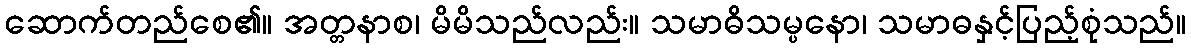
ဆောက်တည်စေ၏။ အတ္တနာစ၊ မိမိသည်လည်း။ သမာဓိသမ္ပနော၊ သမာဓနှင့်ပြည့်စုံသည်။